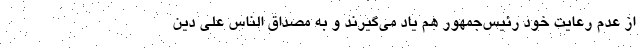
از عدم رعایت خود رئیس‌جمهور هم یاد می‌گیرند و به مصداق الناس علی دین